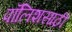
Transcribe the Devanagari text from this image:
पॉलिशसाठी